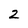
Character: 2